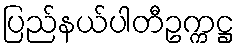
ပြည်နယ်ပါတီဥက္ကဋ္ဌ